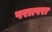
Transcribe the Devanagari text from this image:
परात्परा